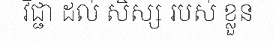
វិជ្ជា ដល់ សិស្ស របស់ ខ្លួន